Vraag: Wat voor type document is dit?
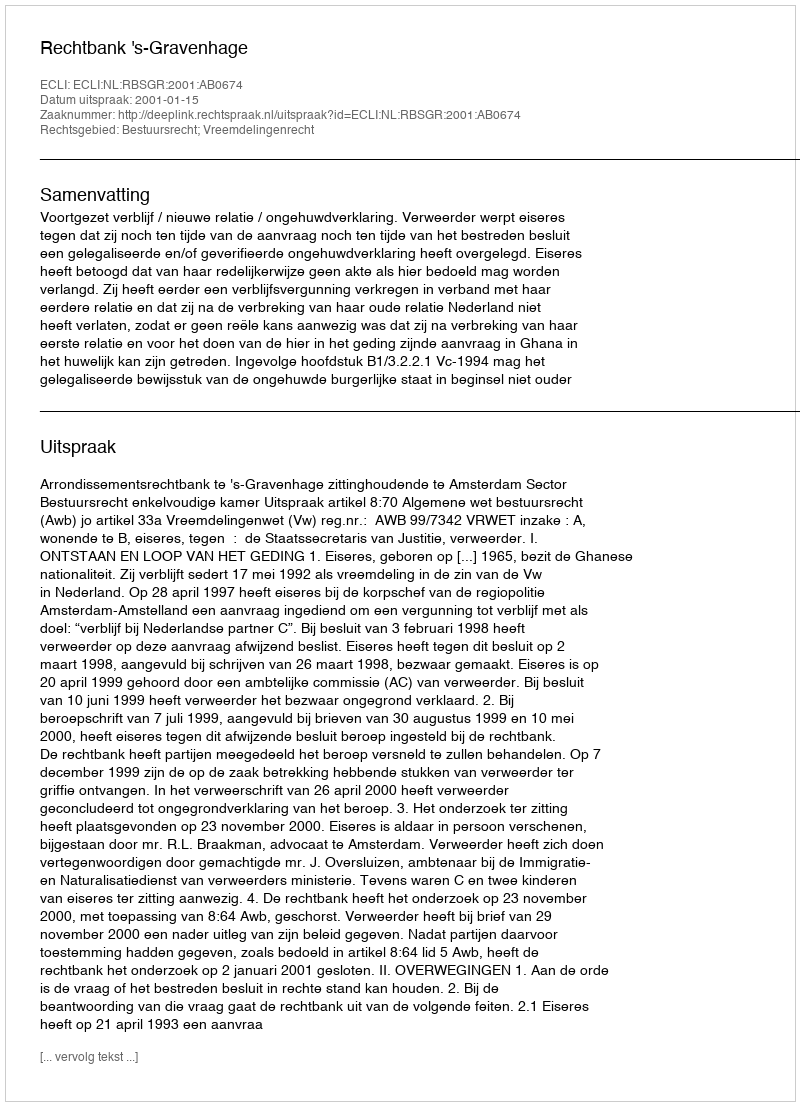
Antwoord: Uitspraak